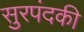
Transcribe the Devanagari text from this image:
सुरपंदकी